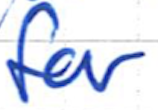
Text: for
Cross-out: clean
Writing tool: ballpoint